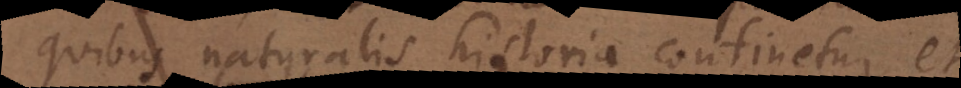
quibus naturalis historia contin Verum